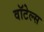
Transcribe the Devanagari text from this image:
वॉटेल्स